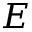
E